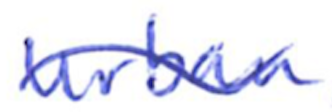
Text: urban
Cross-out: wave
Writing tool: ballpoint